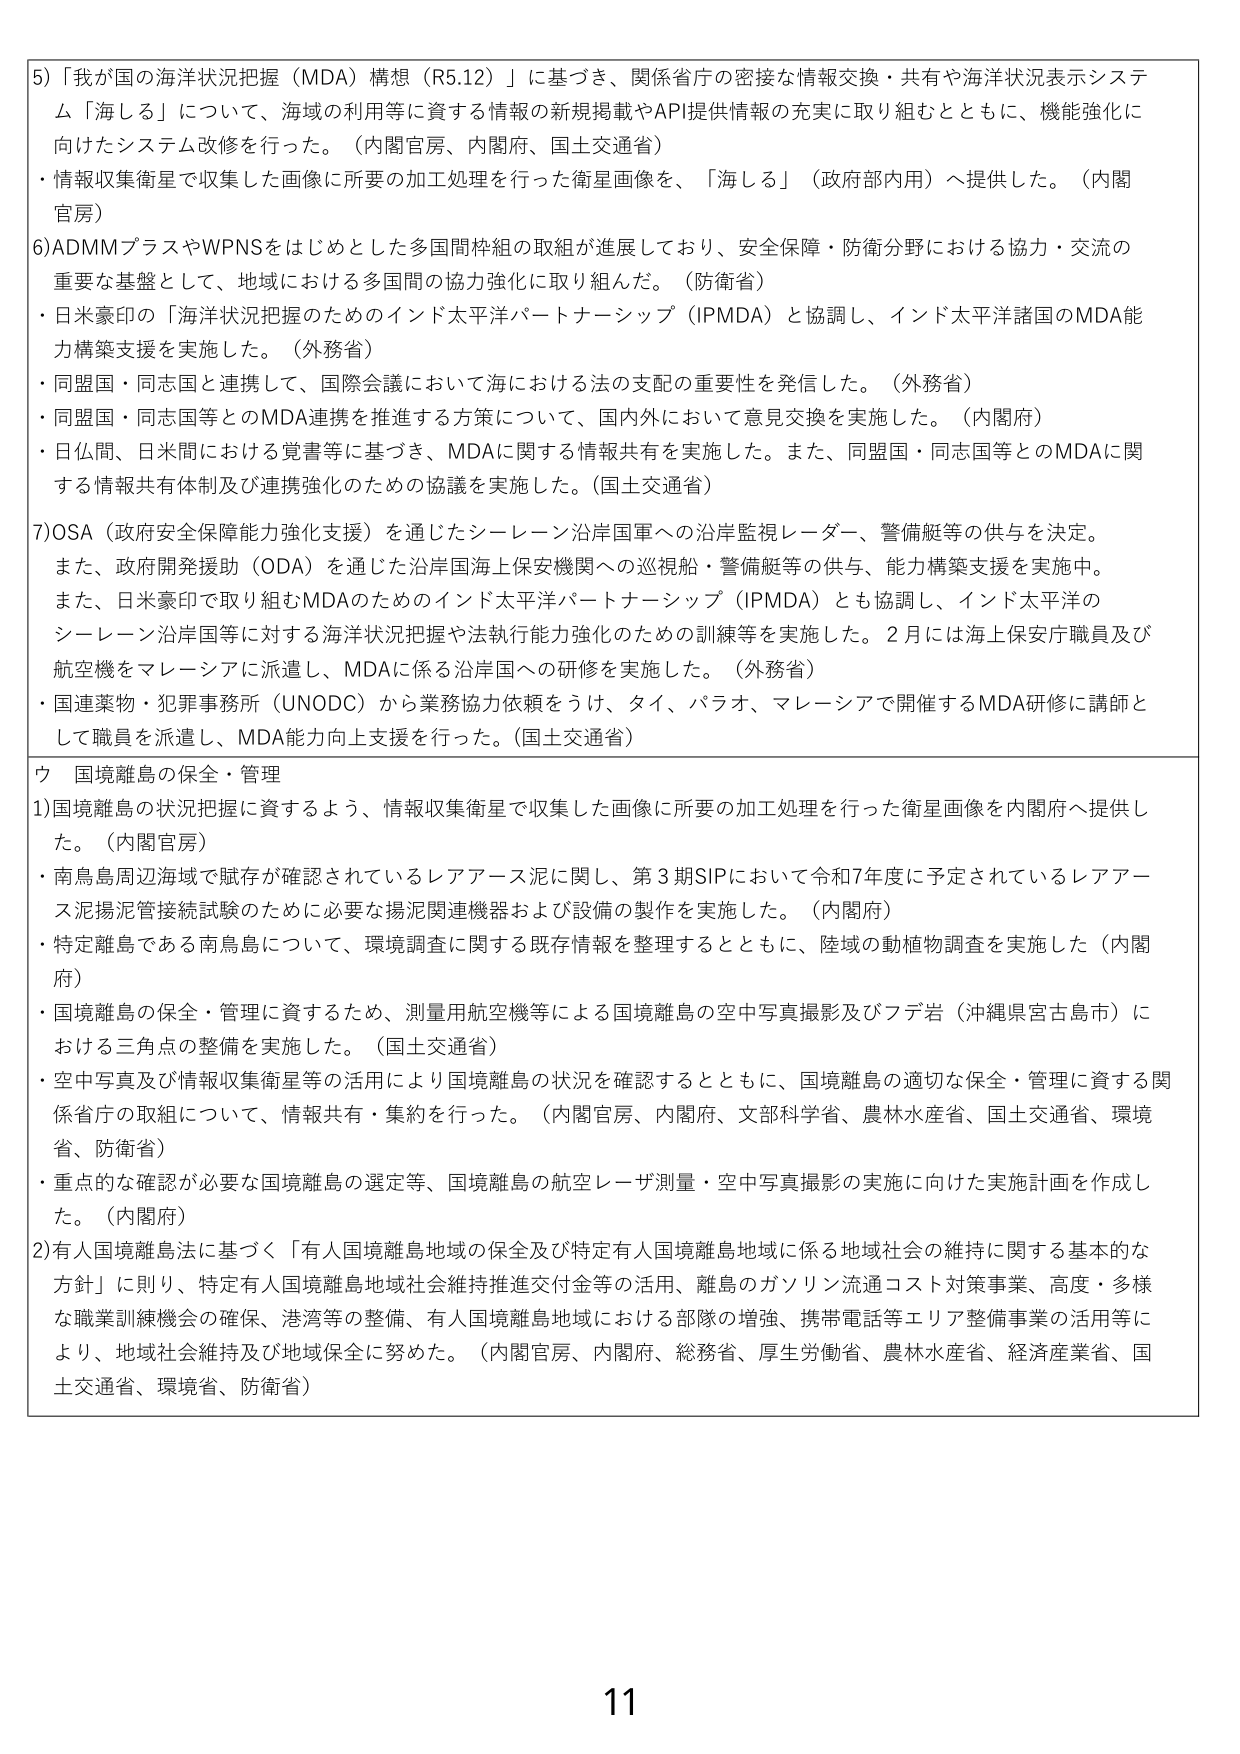
5)「我が国の海洋状況把握（MDA）構想（R5.12）」に基づき、関係省庁の密接な情報交換・共有や海洋状況表示システム「海しる」について、海域の利用等に資する情報の新規掲載やAPI提供情報の充実に取り組むとともに、機能強化に向けたシステム改修を行った。（内閣官房、内閣府、国土交通省）
・情報収集衛星で収集した画像に所要の加工処理を行った衛星画像を、「海しる」（政府部内用）へ提供した。（内閣官房）

6)ADMMプラスやWPNSをはじめとした多国間枠組の取組が進展しており、安全保障・防衛分野における協力・交流の重要な基盤として、地域における多国間の協力強化に取り組んだ。（防衛省）
・日米豪印の「海洋状況把握のためのインド太平洋パートナーシップ（IPMDA）と協調し、インド太平洋諸国のMDA能力構築支援を実施した。（外務省）
・同盟国・同志国と連携して、国際会議において海における法の支配の重要性を発信した。（外務省）
・同盟国・同志国等とのMDA連携を推進する方策について、国内外において意見交換を実施した。（内閣府）
・日仏間、日米間における覚書等に基づき、MDAに関する情報共有を実施した。また、同盟国・同志国等とのMDAに関する情報共有体制及び連携強化のための協議を実施した。（国土交通省）

7)OSA（政府安全保障能力強化支援）を通じたシーレーン沿岸国軍への沿岸監視レーダー、警備艇等の供与を決定。また、政府開発援助（ODA）を通じた沿岸国海上保安機関への巡視船・警備艇等の供与、能力構築支援を実施中。また、日米豪印で取り組むMDAのためのインド太平洋パートナーシップ（IPMDA）とも協調し、インド太平洋のシーレーン沿岸国等に対する海洋状況把握や執行能力強化のための訓練等を実施した。2月には海上保安庁職員及び航空機をマレーシアに派遣し、MDAに係る沿岸国への研修を実施した。（外務省）
・国連薬物・犯罪事務所（UNODC）から業務協力依頼をうけ、タイ、パラオ、マレーシアで開催するMDA研修に講師として職員を派遣し、MDA能力向上支援を行った。（国土交通省）

ウ 国境離島の保全・管理

1)国境離島の状況把握に資するよう、情報収集衛星で収集した画像に所要の加工処理を行った衛星画像を内閣府へ提供した。（内閣官房）
・南鳥島周辺海域で賦存が確認されているレアアース泥に関し、第3期SIPにおいて令和7年度に予定されているレアアース泥揚泥管接続試験のために必要な揚泥関連機器および設備の製作を実施した。（内閣府）
・特定離島である南鳥島について、環境調査に関する既存情報を整理するとともに、陸域の動植物調査を実施した（内閣府）
・国境離島の保全・管理に資するため、測量用航空機等による国境離島の空中写真撮影及びフデ岩（沖縄県宮古島市）における三角点の整備を実施した。（国土交通省）
・空中写真及び情報収集衛星等の活用により国境離島の状況を確認するとともに、国境離島の適切な保全・管理に資する関係省庁の取組について、情報共有・集約を行った。（内閣官房、内閣府、文部科学省、農林水産省、国土交通省、環境省、防衛省）
・重点的な確認が必要な国境離島の選定等、国境離島の航空レーザ測量・空中写真撮影の実施に向けた実施計画を作成した。（内閣府）

2)有人国境離島法に基づく「有人国境離島地域の保全及び特定有人国境離島地域に係る地域社会の維持に関する基本的な方針」に則り、特定有人国境離島地域社会維持推進交付金等の活用、離島のガソリン流通コスト対策事業、高度・多様な職業訓練機会の確保、港湾等の整備、有人国境離島地域における部隊の増強、携帯電話等エリア整備事業の活用等により、地域社会維持及び地域保全に努めた。（内閣官房、内閣府、総務省、厚生労働省、農林水産省、経済産業省、国土交通省、環境省、防衛省）

11